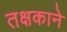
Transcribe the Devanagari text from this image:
तक्षकाने